Document type: Sale
Year: 1235
Scribe: Pere de Bages
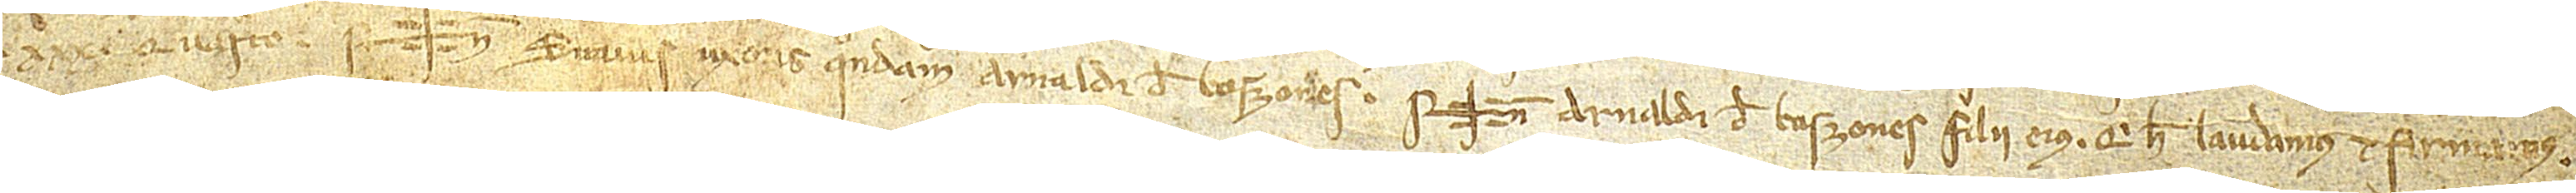
XXXº quinto. Sig+num Suavis, uxoris quondam Arnaldi de Boszones, Sig+num Arnaldi de Boszones, filii eius, qui hec laudamus et firmamus.